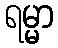
ရမ္မာ